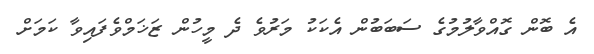
އެ ބޮން ގޮއްވާލުމުގެ ސަބަބުން އެކަކު މަރުވެ ދެ މީހުން ޒަޚަމްވެފައިވާ ކަމަށް